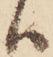
ハ